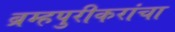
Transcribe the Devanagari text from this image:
ब्रम्हपुरीकरांचा